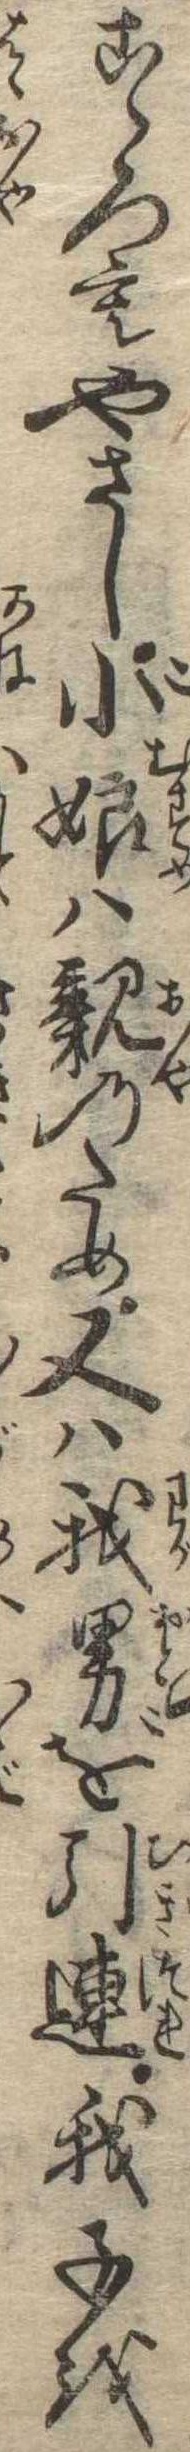
こゝろもやさし小娘は親のため又は我男を引連我子を